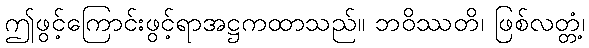
ဤဖွင့်ကြောင်းဖွင့်ရာအဋ္ဌကထာသည်။ ဘဝိဿတိ၊ ဖြစ်လတ္တံ့၊